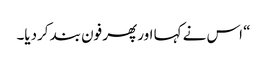
“ اس نے کہا اور پھر فون بند کردیا۔